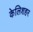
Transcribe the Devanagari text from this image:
केलिशहर